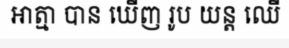
អាត្មា បាន ឃើញ រូប យន្ត ឈើ